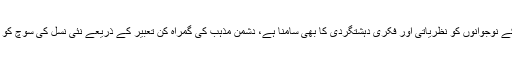
انہوں نے کہا کہ آج پاکستان کے نوجوانوں کو نظریاتی اور فکری دہشتگردی کا بھی سامنا ہے، دشمن مذہب کی گمراہ کن تعبیر کے ذریعے نئی نسل کی سوچ کو پراگندا اور متشدد بنارہے ہیں۔